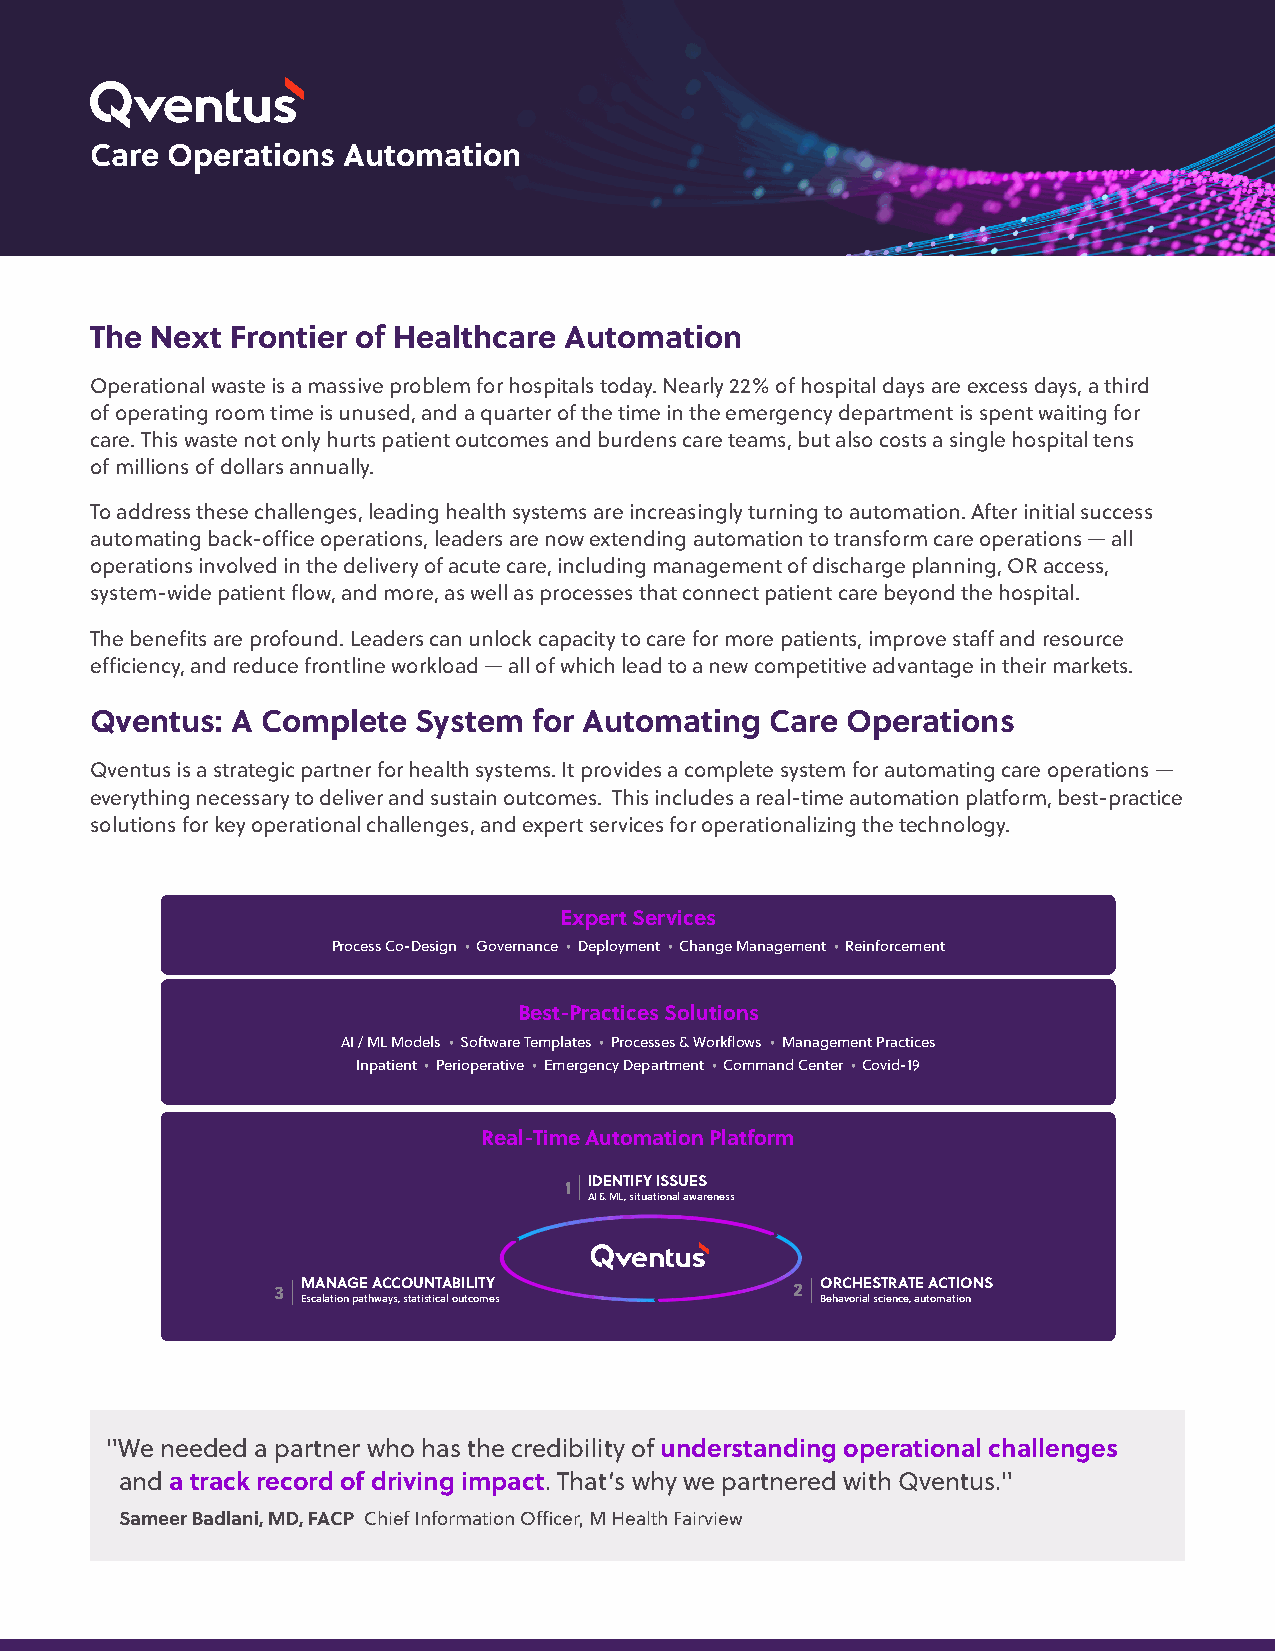
Care Operations  Automation
 The Next Frontier of Healthcare Automation
 Operational waste is a massive problem for hospitals today. Nearly 22% of hospital days are excess days, a third
 of operating room time is unused, and a quarter of the time in the emergency department is spent waiting for
 care. This waste not only hurts patient outcomes and burdens care teams, but also costs a single hospital tens
 of millions of dollars annually.
 To address these challenges, leading health systems are increasingly turning to automation. After initial success
 automating back-office operations, leaders are now extending automation to transform care operations — all
 operations involved in the delivery of acute care, including management of discharge planning, OR access,
 system-wide patient flow, and more, as well as processes that connect patient care beyond the hospital.
 The benefits are profound. Leaders can unlock capacity to care for more patients, improve staff and resource
 efficiency, and reduce frontline workload — all of which lead to a new competitive advantage in their markets.
 Qventus: A Complete   System for Automating  Care Operations
 Qventus is a strategic partner for health systems. It provides a complete system for automating care operations —
 everything necessary to deliver and sustain outcomes. This includes a real-time automation platform, best-practice
 solutions for key operational challenges, and expert services for operationalizing the technology.
 Expert Services
 Process Co-Design • Governance • Deployment • Change Management • Reinforcement
 Best-Practices Solutions
 AI / ML Models • Software Templates • Processes & Workflows • Management Practices
 Inpatient • Perioperative • Emergency Department • Command Center • Covid-19
 Real-Time Automation Platform
 11 IDENTIFY ISSUES
 AI & ML, situational awareness
 33 MANAGE ACCOUNTABILITY           22 ORCHESTRATE ACTIONS
 Escalation pathways, statistical outcomes Behavorial science, automation
 "We needed a partner who has the credibility of understanding operational challenges
 and a track record of driving impact. That’s why we partnered with Qventus."
 Sameer Badlani, MD, FACP Chief Information Officer, M Health Fairview